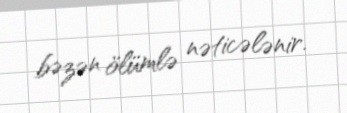
bəzən ölümlə nəticələnir.